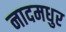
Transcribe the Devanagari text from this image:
नादमधुर